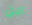
ابن